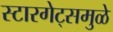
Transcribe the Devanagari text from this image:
स्टारगेट्समुळे